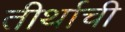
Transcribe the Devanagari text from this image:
तीर्थाची